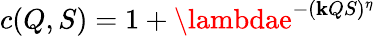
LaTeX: c(Q,S)=1+\lambdae^{-(\mathbf{k}QS)^{\eta}}